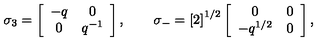
\sigma _ { 3 } = \left[ \begin{array} { c c } { - q } & { 0 } \\ { 0 } & { q ^ { - 1 } } \\ \end{array} \right] , \qquad \sigma _ { - } = \left[ 2 \right] ^ { 1 / 2 } \left[ \begin{array} { c c } { 0 } & { 0 } \\ { - q ^ { 1 / 2 } } & { 0 } \\ \end{array} \right] ,